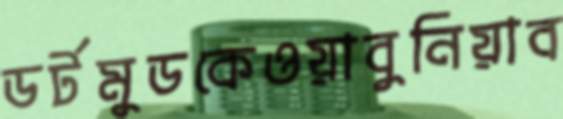
ডর্টমুডকেওয়াবুনিয়াব